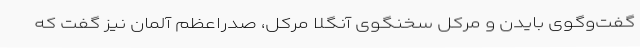
گفت‌وگوی بایدن و مرکل سخنگوی آنگلا مرکل، صدراعظم آلمان نیز گفت که